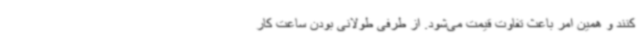
کنند و همین امر باعث تفاوت قیمت می‌شود. از طرفی طولانی بودن ساعت کار